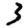
Digit: 3